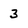
Character: 3